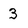
Character: 3